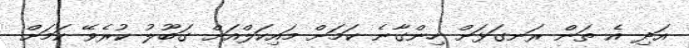
އަދި އެ ތަން ރަނގަޅަށް ހިންގާނެ ކަމަށް މައިކަލްއަށް ގަބޫލު ކުރެވޭ ކަމަށް